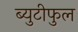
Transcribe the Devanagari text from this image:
ब्युटीफुल